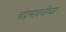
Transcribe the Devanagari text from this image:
चंद्रमाधवीच्या